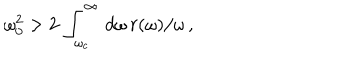
\omega _ { 0 } ^ { 2 } > 2 \, \int _ { \omega _ { c } } ^ { \infty } \, d \omega \, r ( \omega ) / \omega \, ,